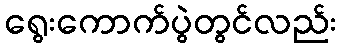
ရွေးကောက်ပွဲတွင်လည်း